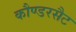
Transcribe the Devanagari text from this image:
कौण्डरसैट